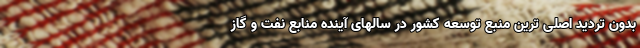
بدون تردید اصلی ترین منبع توسعه کشور در سالهای آینده منابع نفت و گاز